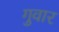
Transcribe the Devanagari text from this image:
गुवार